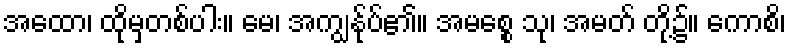
အထော၊ ထိုမှတစ်ပါး။ မေ၊ အကျွန်ုပ်၏။ အမစ္စေ သု၊ အမတ် တို့၌။ ကောစိ၊